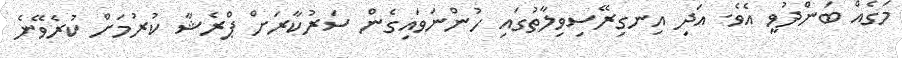
މަގެއް ބަންދުވީ އެވެ. އަދި އިނގިރޭސިވިލާތުގައި ހުންނަވައިގެން ސަރުކާރަށް ޕްރެޝާ ކުރުމަށް ކުރެވޭނެ